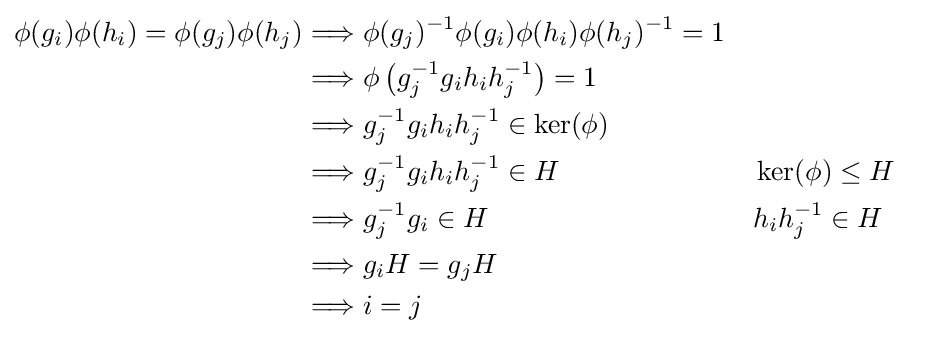
{\begin{aligned}\phi (g_{i})\phi (h_{i})=\phi (g_{j})\phi (h_{j})&\Longrightarrow \phi (g_{j})^{-1}\phi (g_{i})\phi (h_{i})\phi (h_{j})^{-1}=1\\&\Longrightarrow \phi \left(g_{j}^{-1}g_{i}h_{i}h_{j}^{-1}\right)=1\\&\Longrightarrow g_{j}^{-1}g_{i}h_{i}h_{j}^{-1}\in \ker(\phi )\\&\Longrightarrow g_{j}^{-1}g_{i}h_{i}h_{j}^{-1}\in H&&\ker(\phi )\leq H\\&\Longrightarrow g_{j}^{-1}g_{i}\in H&&h_{i}h_{j}^{-1}\in H\\&\Longrightarrow g_{i}H=g_{j}H\\&\Longrightarrow i=j\end{aligned}}